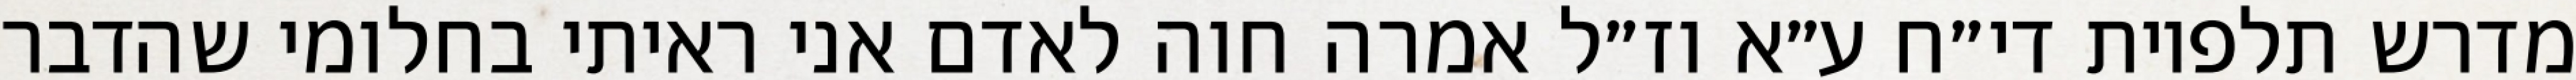
מדרש תלפיות די״ח ע״א וז״ל אמרה חוה לאדם אני ראיתי בחלומי שהדבר